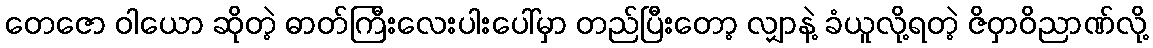
တေဇော ဝါယော ဆိုတဲ့ ဓာတ်ကြီးလေးပါးပေါ်မှာ တည်ပြီးတော့ လျှာနဲ့ ခံယူလို့ရတဲ့ ဇိဝှာဝိညာဏ်လို့